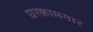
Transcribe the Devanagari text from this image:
घरकामगार